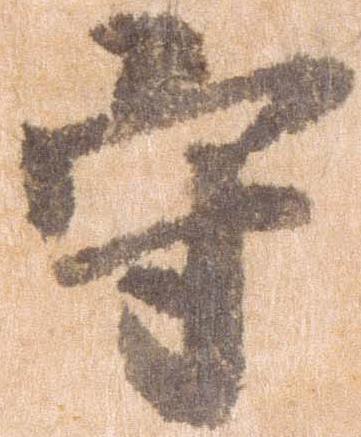
守